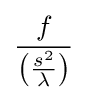
{\dfrac {f}{\left({\frac {s^{2}}{\lambda }}\right)}}